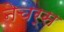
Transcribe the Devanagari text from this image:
नेचर्स